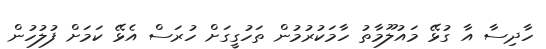
ހާދިސާ އާ ގުޅޭ މައުލޫމާތު ހާމަކުރުމުން ތަހުގީގަށް ހުރަސް އެޅޭ ކަމަށް ފުލުހުން